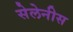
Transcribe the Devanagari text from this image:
सेलेनीस